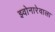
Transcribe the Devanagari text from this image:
झ्वोनारेवाला